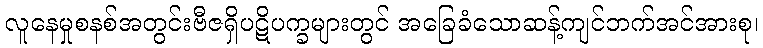
လူနေမှုစနစ်အတွင်းဗီဇရှိပဋိပက္ခများတွင် အခြေခံသောဆန့်ကျင်ဘက်အင်အားစု၊